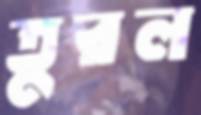
তুরল